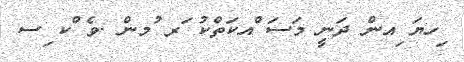
ިހޔަ ިއން ދަނީ މަސަ ްއކަތްކު ަރ ުމން .ވެ ްކ ިސ